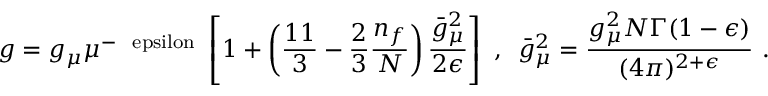
g = g _ { \mu } \mu ^ { - \mathrm { \normalsize ~ \ e p s i l o n ~ } } \left[ 1 + \left( \frac { 1 1 } 3 - \frac 2 3 \frac { n _ { f } } N \right) \frac { \bar { g } _ { \mu } ^ { 2 } } { 2 \epsilon } \right] ~ , \, \, \, \bar { g } _ { \mu } ^ { 2 } = \frac { g _ { \mu } ^ { 2 } N \Gamma ( 1 - \epsilon ) } { ( 4 \pi ) ^ { 2 + { \epsilon } } } ~ .